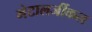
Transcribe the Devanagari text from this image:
मेटालर्जीकल